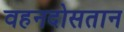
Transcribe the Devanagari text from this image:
वहनदोसतान